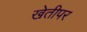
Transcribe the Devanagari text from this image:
खेतीपर